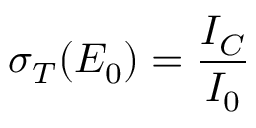
\sigma _ { T } ( E _ { 0 } ) = \frac { I _ { C } } { I _ { 0 } }